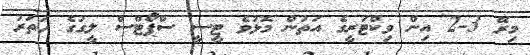
މިރޭ 3-2 އިން ވިކްޓަރީގެ އަތުން މޮޅުވެ ޓީސީ ސްޕޯޓްސް ލީގުގެ ހަތަރު